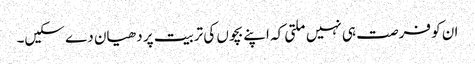
ان کو فرصت ہی نہیں ملتی کہ اپنے بچوں کی تربیت پر دھیان دے سکیں۔